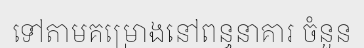
ទៅតាមគម្រោងនៅពន្ធនាគារ ចំនួន